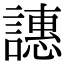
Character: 譓